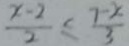
\frac { x - 2 } { 2 } \leq \frac { 7 - x } { 3 }